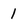
Character: 1